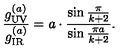
{ \frac { g _ { \tiny \mathrm { U V } } ^ { ( a ) } } { g _ { \tiny \mathrm { I R } } ^ { ( a ) } } } = a \cdot { \frac { \sin { \frac { \pi } { k + 2 } } } { \sin { \frac { \pi a } { k + 2 } } } } .